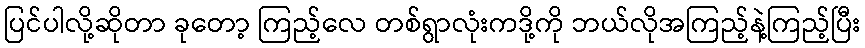
ပြင်ပါလို့ဆိုတာ ခုတော့ ကြည့်လေ တစ်ရွာလုံးကဒို့ကို ဘယ်လိုအကြည့်နဲ့ကြည့်ပြီး